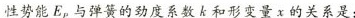
性势能E_{P}与弹簧的劲度系数k和形变量x的关系是：